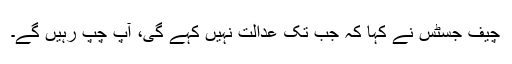
چیف جسٹس نے کہا کہ جب تک عدالت نہیں کہے گی، آپ چپ رہیں گے۔